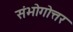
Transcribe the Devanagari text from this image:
संभोगोत्तर